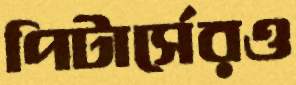
পিটার্সেরও